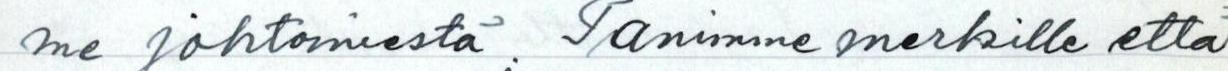
me johtomiestä; Panimme merkille että